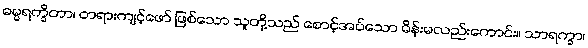
ဓမ္မရက္ခိတာ၊ တရားကျင့်ဖော် ဖြစ်သော သူတို့သည် စောင့်အပ်သော မိန်းမလည်းကောင်း။ သာရက္ခာ၊